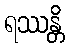
ရဿန္တိ